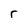
Character: r